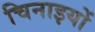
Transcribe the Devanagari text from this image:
चिनाइयों